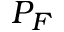
P _ { F }